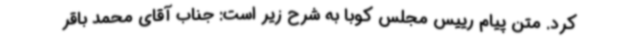
کرد. متن پیام رییس مجلس کوبا به شرح زیر است: جناب آقای محمد باقر